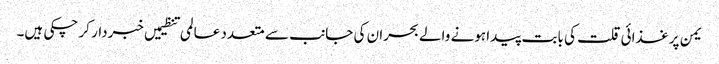
یمن پر غذائی قلت کی بابت پیدا ہونے والے بحران کی جانب سے متعدد عالمی تنظیمیں خبردار کر چکی ہیں۔